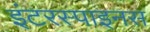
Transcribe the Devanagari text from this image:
इंटरस्पाइनस